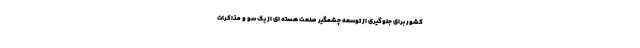
کشور برای جلوگیری از توسعه چشمگیر صنعت هسته ای از یک سو و مذاکرات